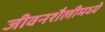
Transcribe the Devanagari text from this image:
जीवनशैलीमध्ये